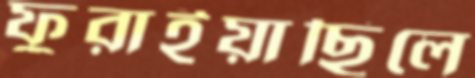
ফুরাইয়াছিলে